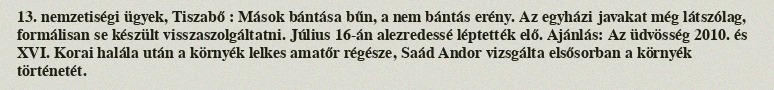
13.  nemzetiségi ügyek, Tiszabő : Mások bántása bűn, a nem bántás erény. Az egyházi javakat még látszólag, formálisan se készült visszaszolgáltatni. Július 16-án alezredessé léptették elő. Ajánlás: Az üdvösség 2010. és XVI. Korai halála után a környék lelkes amatőr régésze, Saád Andor vizsgálta elsősorban a környék történetét.